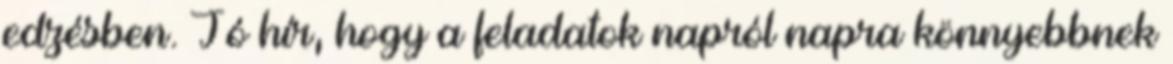
edzésben. Jó hír, hogy a feladatok napról napra könnyebbnek